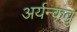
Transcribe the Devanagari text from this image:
अर्यन्कवु